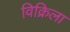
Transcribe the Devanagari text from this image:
विक्रिला